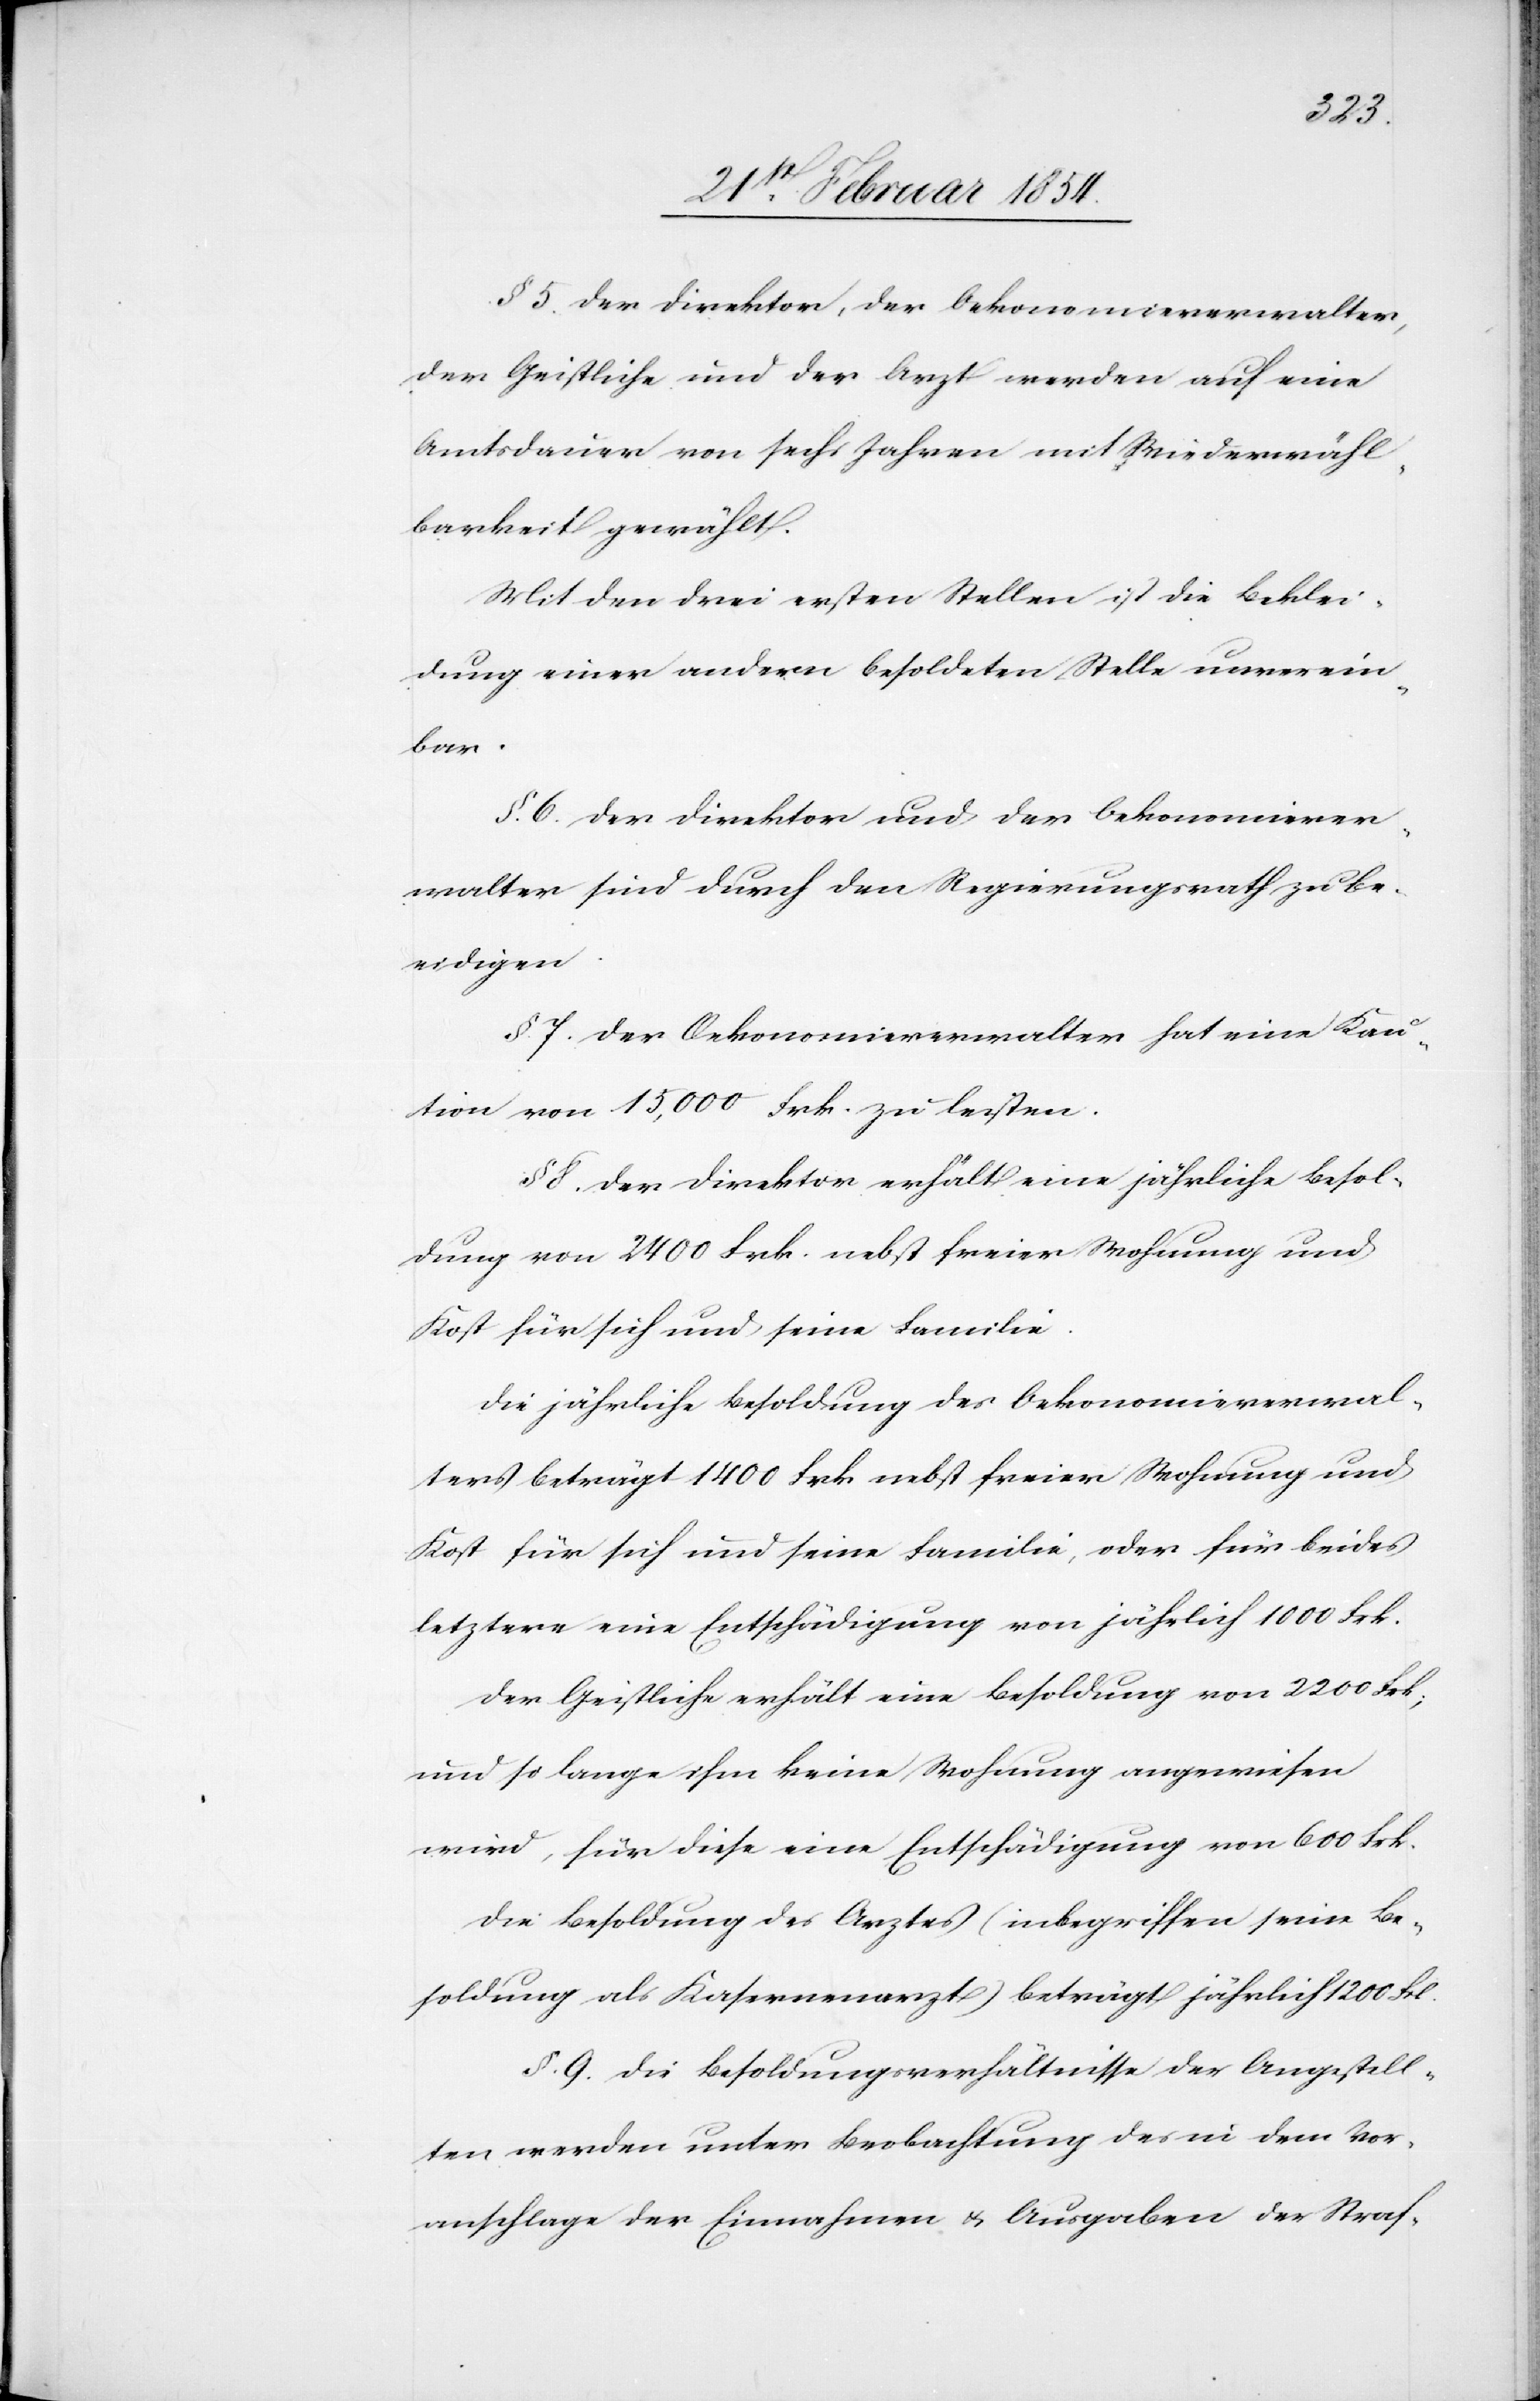
§ 5. Der Direktor, der Oekonomieverwalter,
der Geistliche und der Arzt werden auf eine
Amtsdauer von sechs Jahren mit Wiederwähl¬
barkeit gewählt.
Mit den drei ersten Stellen ist die Beklei¬
dung einer anderen besoldeten Stelle unverein¬
bar.
§. 6. Der Direktor und der Oekonomiever¬
walter sind durch den Regierungsrath zu be¬
eidigen.
§. 7. Der Oekonomieverwalter hat eine Kau¬
tion von 15, 000 Frk. zu leisten.
§ 8. Der Direktor erhält eine jährliche Besol¬
dung von 2400 Frk. nebst freier Wohnung und
Kost für sich und seine Familie.
Die jährliche Besoldung des Oekonomieverwal¬
ters beträgt 1400 Frk nebst freier Wohnung und
Kost für sich und seine Familie, oder für beides
letztern eine Entschädigung von jährlich 1000 Frk.
Der Geistliche erhält eine Besoldung von 2200 Frk;
und so lange ihm keine Wohnung angewiesen
wird, für diese eine Entschädigung von 600 Frk.
Die Besoldung des Arztes (inbegriffen seine Be¬
soldung als Kasernenarzt) beträgt jährlich 1200 Frk.
§. 9. Die Besoldungsverhältnisse der Angestell¬
ten werden unter Beobachtung des in dem Vor¬
anschlage der Einnahmen u. Ausgaben der Straf-